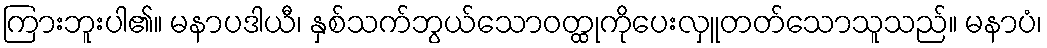
ကြားဘူးပါ၏။ မနာပဒါယီ၊ နှစ်သက်ဘွယ်သောဝတ္ထုကိုပေးလှူတတ်သောသူသည်။ မနာပံ၊